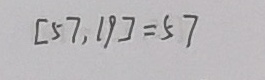
[ 5 7 , 1 9 ] = 5 7